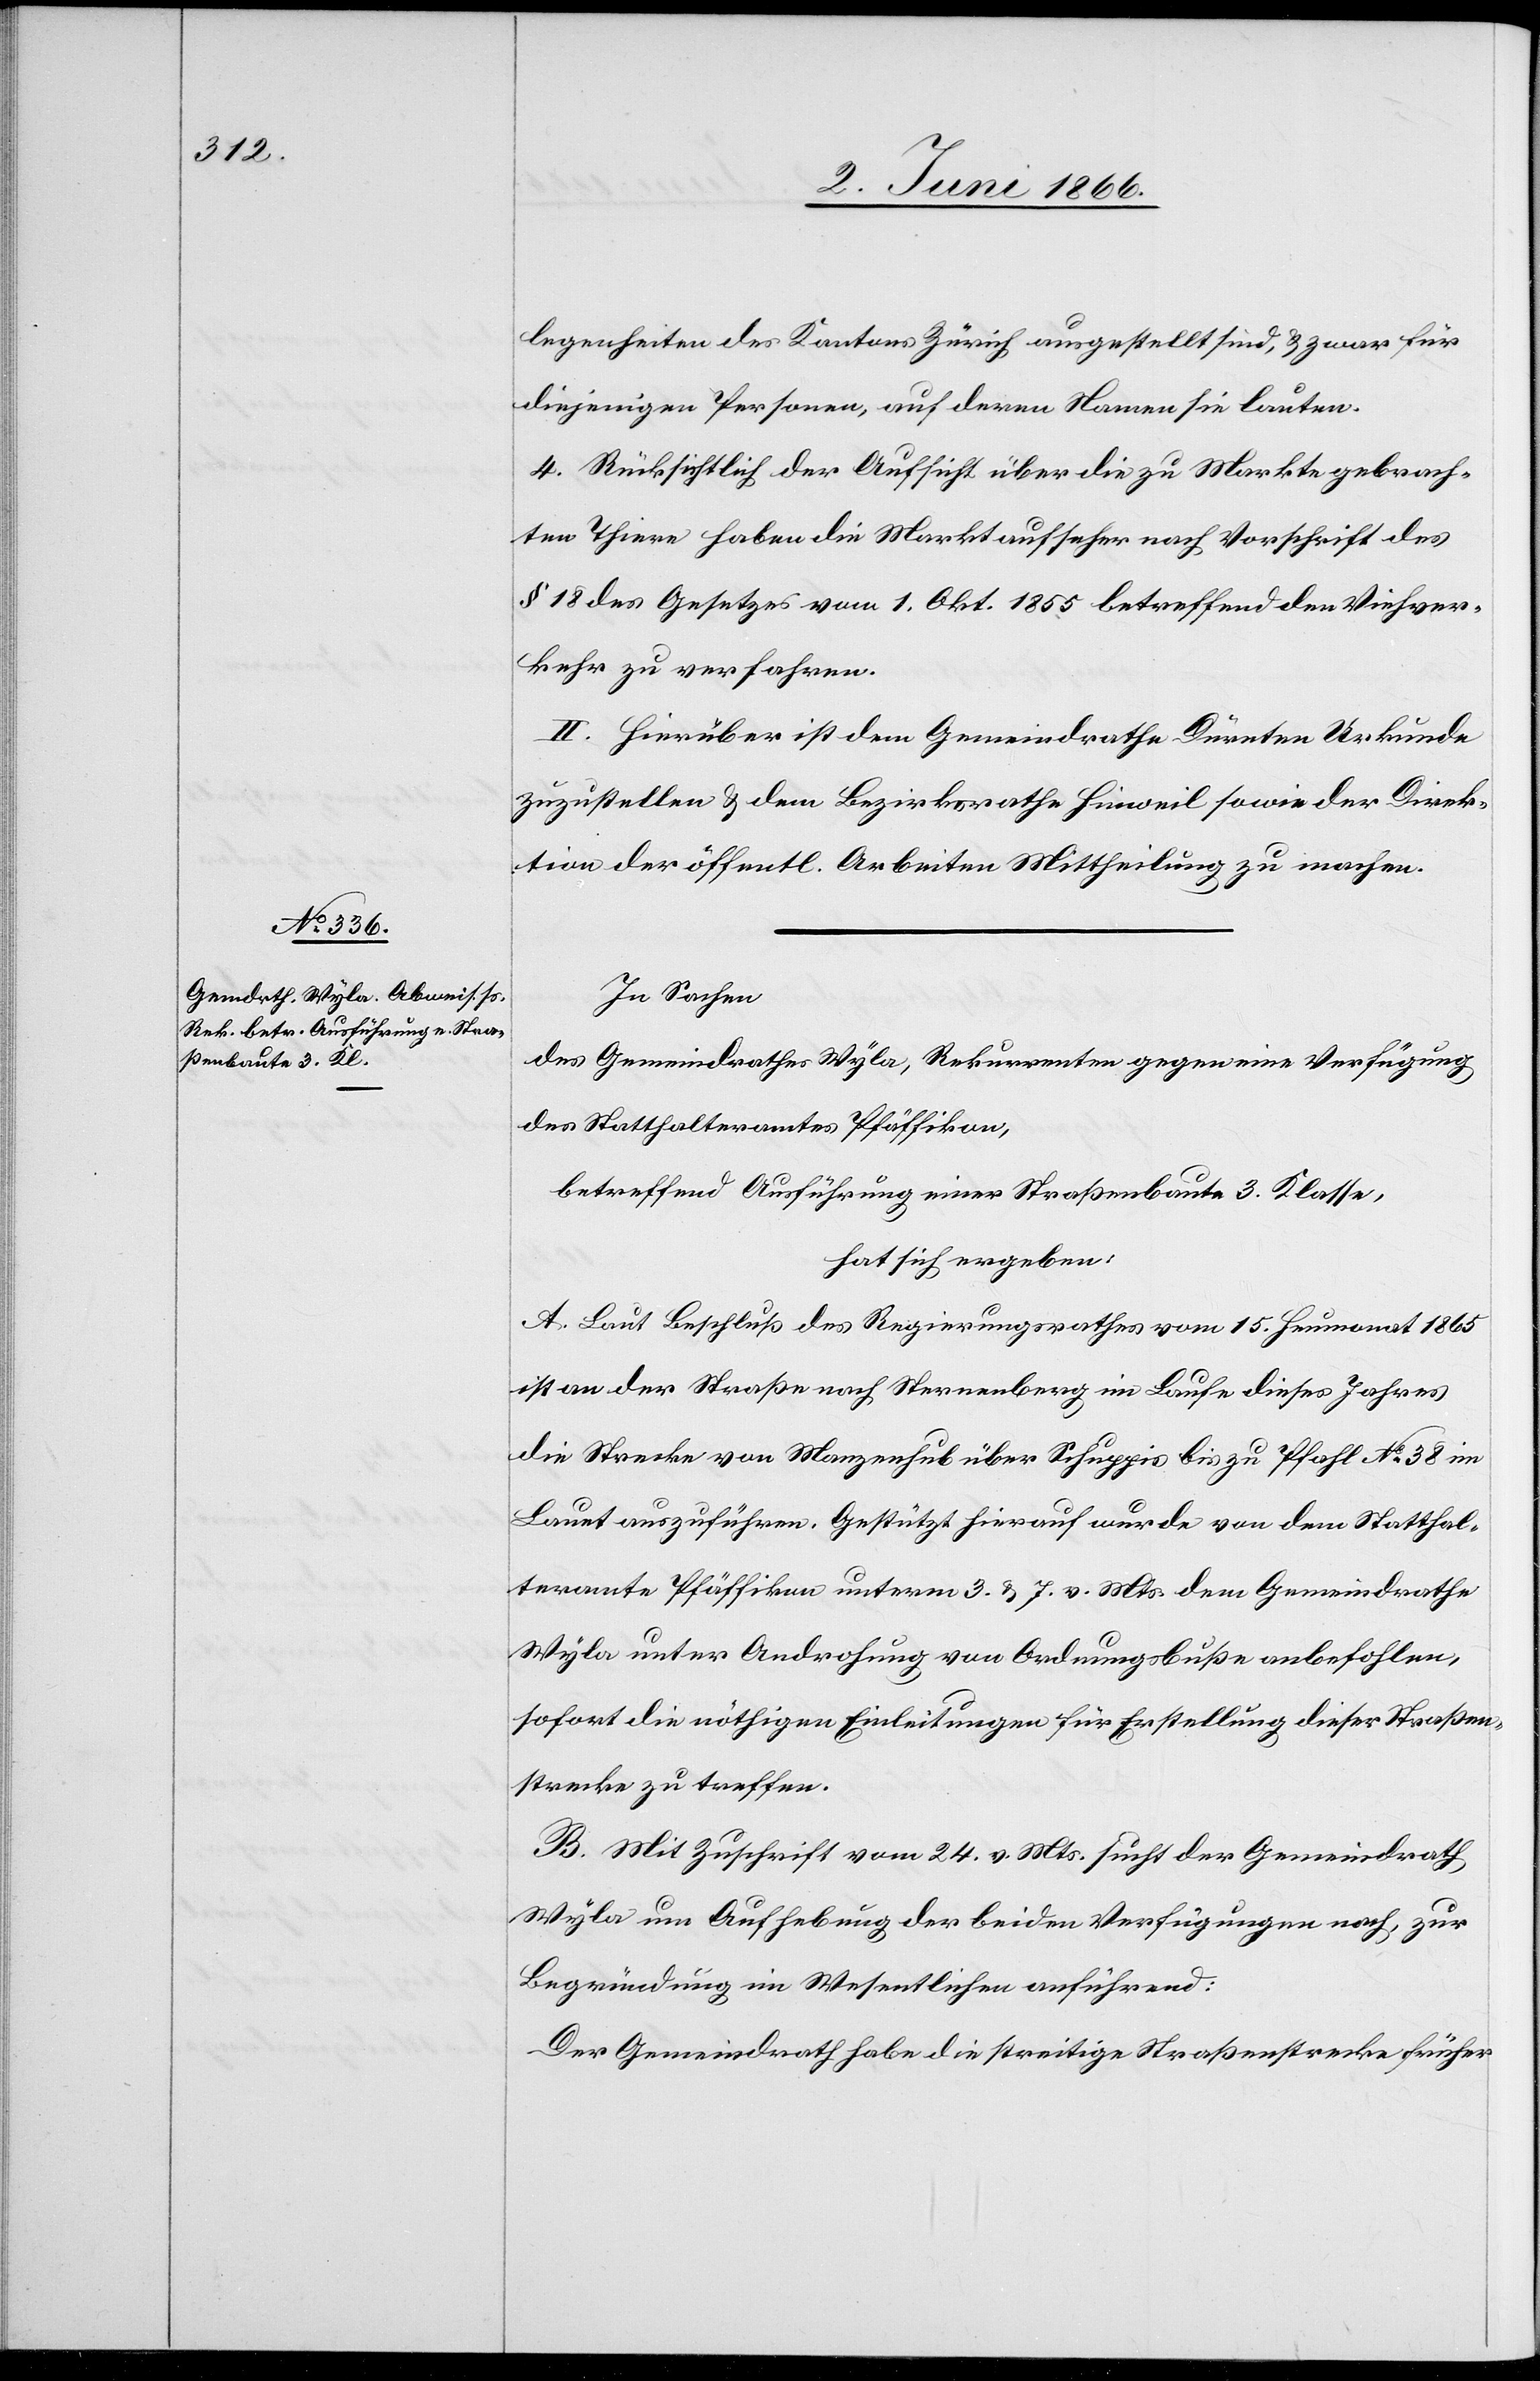
legenheiten des Kantons Zürich ausgestellt sind, u. zwar für
diejenigen Personen, auf deren Namen sie lauten.
4. Rücksichtlich der Aufsicht über die zu Markte gebrach¬
ten Thiere haben die Marktaufseher nach Vorschrift des
§ 18 des Gesetzes vom 1. Okt. 1855 betreffend den Viehver¬
kehr zu verfahren.
II. Hierüber ist dem Gemeindrathe Dürnten Urkunde
zuzustellen u. dem Bezirksrathe Hinweil sowie der Direk¬
tion der öffentl. Arbeiten Mittheilung zu machen.
In Sachen
des Gemeindrathes Wyla, Rekurrenten gegen eine Verfügung
des Statthalteramtes Pfäffikon,
betreffend Ausführung einer Straßenbaute 3. Klasse,
hat sich ergeben:
A. Laut Beschluß des Regierungsrathes vom 15. Heumonat 1865
ist an der Straße nach Sternenberg im Laufe dieses Jahres
die Strecke vom Manzenhub über Schuppis bis zu Pfahl No. 38 im
Lauet auszuführen. Gestützt hierauf wurde von dem Statthal¬
teramte Pfäffikon unterm 3. u. 7. v. Mts. dem Gemeindrathe
Wyla unter Androhung von Ordnungsbuße anbefohlen,
sofort die nöthigen Einleitungen für Erstellung dieser Straßen¬
strecke zu treffen.
B. Mit Zuschrift vom 24. v. Mts. sucht der Gemeindrath
Wyla um Aufhebung beider Verfügungen nach, zur
Begründung im Wesentlichen anführend:
Der Gemeindrath habe die streitige Straßenstrecke früher